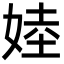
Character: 㛬